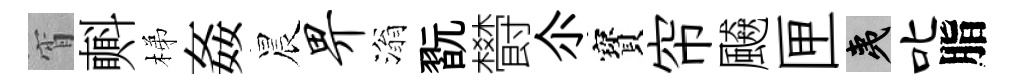
宵㪺梯姦晨畀滃翫欎尒寳帘飇匣夷叱脂